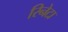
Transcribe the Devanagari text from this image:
रिनेटा